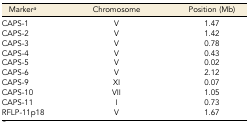
| Markera | Chromosome | Position (Mb) |
 | --- | --- | --- |
 | CAPS-1 | V | 1.47 |
 | CAPS-2 | V | 1.42 |
 | CAPS-3 | V | 0.78 |
 | CAPS-4 | V | 0.43 |
 | CAPS-5 | V | 0.02 |
 | CAPS-6 | V | 2.12 |
 | CAPS-9 | XI | 0.07 |
 | CAPS-10 | VII | 1.05 |
 | CAPS-11 | I | 0.73 |
 | RFLP-11p18 | V | 1.67 |